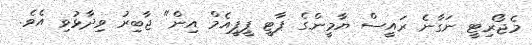
މެޖޯރިޓީ ނަގާނެ ރައީސް ޔާމީންގެ ޕާޓީ ޕީޕީއެމް އިން" ޖާބިރު ވިދާޅުވި އެވެ.